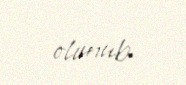
olunub.